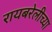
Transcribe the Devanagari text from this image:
रायबरेलीच्या